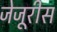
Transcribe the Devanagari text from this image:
जेजूरीस